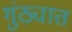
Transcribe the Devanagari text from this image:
गुंठ्यात